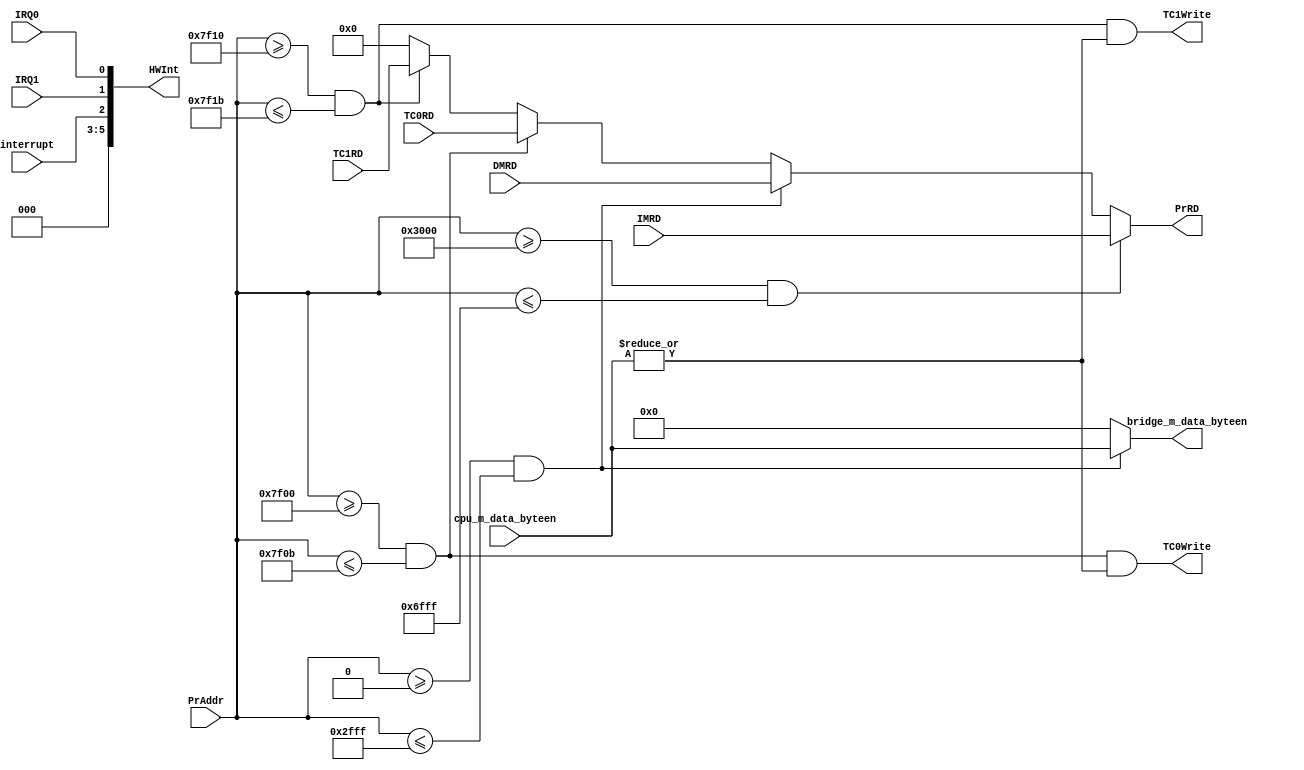
module BRIDGE (
    input [31:0] PrAddr,
    input [31:0] IMRD,
    input [31:0] DMRD,
    input [31:0] TC0RD,
    input [31:0] TC1RD,
    input [3:0] cpu_m_data_byteen,
    input IRQ0,
    input IRQ1,
    input interrupt,
    output [3:0] bridge_m_data_byteen,
    output TC0Write,
    output TC1Write,
    output [5:0] HWInt,
    output [31:0] PrRD);

    wire selDM, selTC0, selTC1;

    assign selIM = (PrAddr >= 32'h0000_3000) && (PrAddr <= 32'h0000_6fff);
    assign selDM = (PrAddr >= 32'h0000_0000) && (PrAddr <= 32'h0000_2fff);
    assign selTC0 = (PrAddr >= 32'h0000_7f00) && (PrAddr <= 32'h0000_7f0b);
    assign selTC1 = (PrAddr >= 32'h0000_7f10) && (PrAddr <= 32'h0000_7f1b);

    assign PrRD = selIM ? IMRD :
                  selDM ? DMRD :
                  selTC0 ? TC0RD :
                  selTC1 ? TC1RD : 0;

    assign HWInt = {3'b0, interrupt, IRQ1, IRQ0};

    assign bridge_m_data_byteen = selDM ? cpu_m_data_byteen : 4'h0;
    assign TC0Write = selTC0 & (|cpu_m_data_byteen);
    assign TC1Write = selTC1 & (|cpu_m_data_byteen);

    
    
endmodule